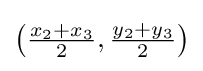
{\textstyle \left({\frac {x_{2}+x_{3}}{2}},{\frac {y_{2}+y_{3}}{2}}\right)}